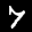
Label: 7